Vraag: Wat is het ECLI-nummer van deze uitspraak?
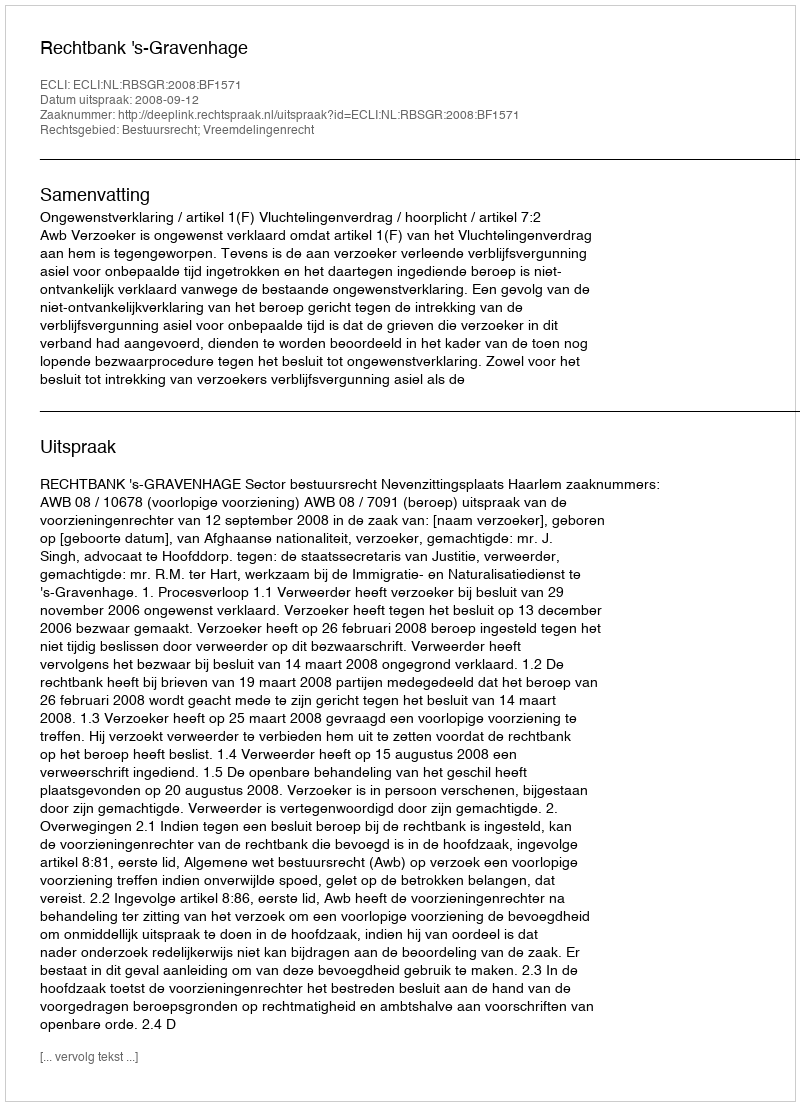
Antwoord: ECLI:NL:RBSGR:2008:BF1571